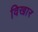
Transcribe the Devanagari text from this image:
विखार